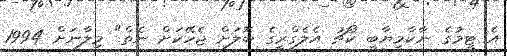
އެ ޓީމުގެ ނާކާމިޔާބީ ކޯޗު އެލެގްރީގެ ބޮލަށް ޖެހޭކަށް ނެތް" މިލާނަށް 1994